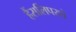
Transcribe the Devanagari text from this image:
हैंसलिपरशे